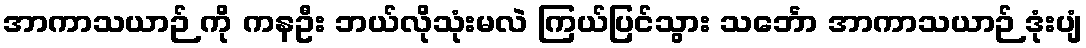
အာကာသယာဉ် ကို ကနဦး ဘယ်လိုသုံးမလဲ ကြယ်ပြင်သွား သင်္ဘော အာကာသယာဉ် ဒုံးပျံ